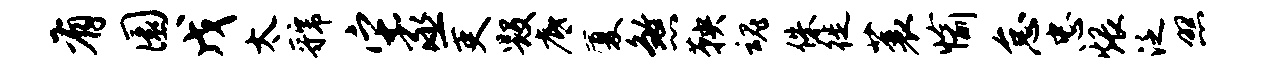
有圜戊太虢它丞吏毁底厦煞鞅魂侏徙蓑愉怠忠煨泛照